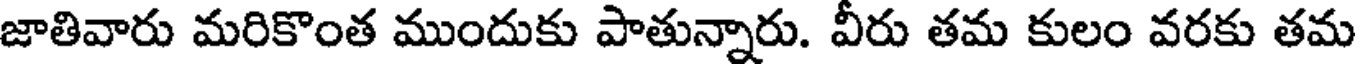
జాతివారు మరికొంత ముందుకు పాతున్నారు. వీరు తమ కులం వరకు తమ